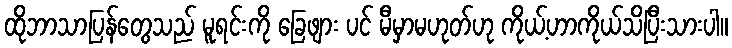
ထိုဘာသာပြန်တွေသည် မူရင်းကို ခြေဖျား ပင် မီမှာမဟုတ်ဟု ကိုယ့်ဟာကိုယ်သိပြီးသားပါ။